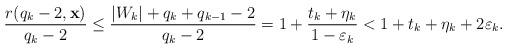
LaTeX: \begin{align*}\frac{r(q_k -2, {\mathbf x})}{q_k-2} \le \frac{|W_k| + q_k + q_{k-1} -2}{q_k -2} = 1 + \frac{t_k +\eta_k }{1- \varepsilon_k} < 1 + t_k +\eta_k + 2\varepsilon_k. \end{align*}